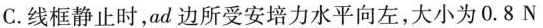
C.线框静止时，ad边所受安培力水平向左，大小为0.8N